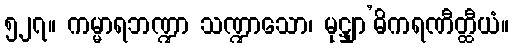
၅၂၇။ ကမ္မာရဘဏ္ဍာ သဏ္ဍာသော၊ မုဋ္ဌျာ’ဓိကရဏီတ္ထီယံ။